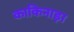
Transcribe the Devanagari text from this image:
काकिनाड़ा